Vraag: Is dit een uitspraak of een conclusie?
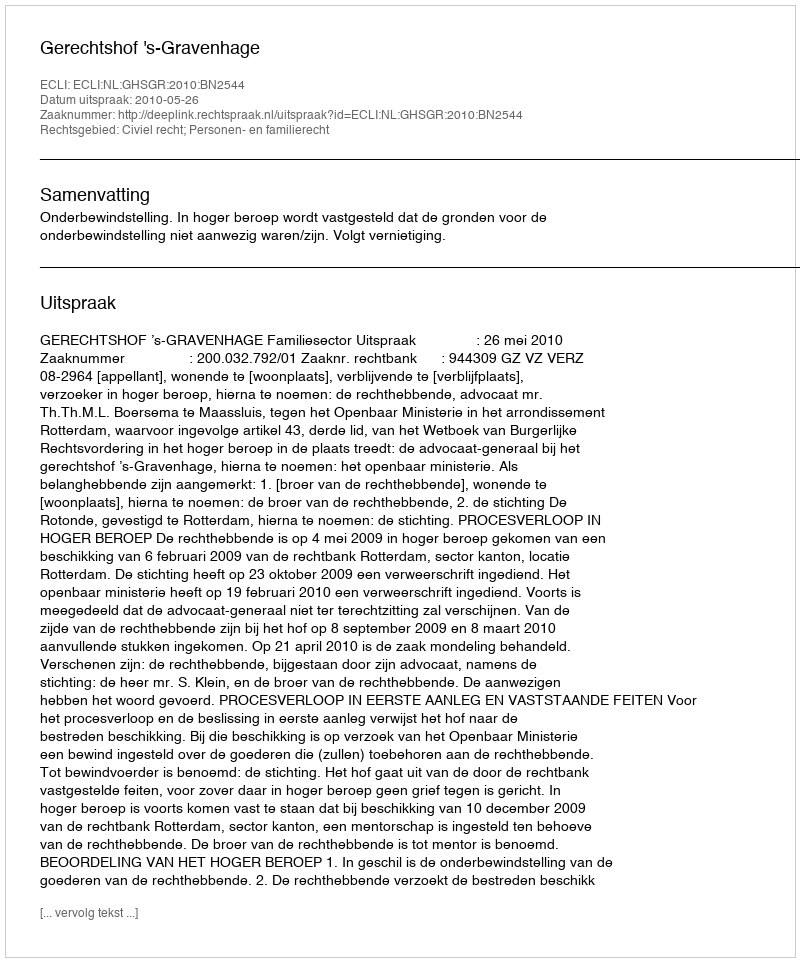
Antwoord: Uitspraak